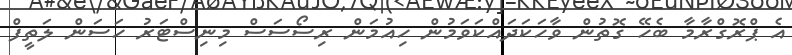
އެ ޕްރޮގްރާމާ ބެހޭ ގޮތުން ވާހަކަދައްކަވަމުން ހިއުމަން ރިސޯސަސް މިނިސްޓަރު ހަސަން ލަތީފް